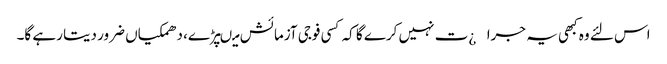
اس لئے وہ کبھی یہ جرا¿ت نہیں کرے گا کہ کسی فوجی آزمائش میںپڑے، دھمکیاں ضرور دیتا رہے گا۔